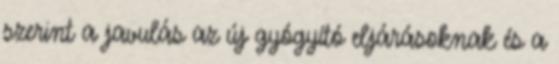
szerint a javulás az új gyógyító eljárásoknak és a